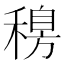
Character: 𥡐